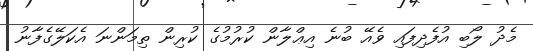
މެދު ލޯބި އުފެދިފައި ވެއޭ ބުނެ އިޢްލާން ކުރުމުގެ ކުރިން ތިމަންނަ އެކަލޭގެފާނު